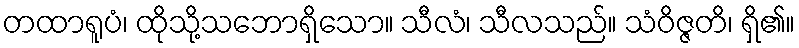
တထာရူပံ၊ ထိုသို့သဘောရှိသော။ သီလံ၊ သီလသည်။ သံဝိဇ္ဇတိ၊ ရှိ၏။